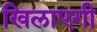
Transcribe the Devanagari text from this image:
खिलाएगी